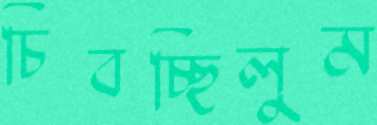
চিবচ্ছিলুম